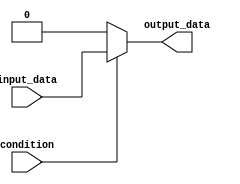
module assign_example(
    input wire condition,
    input wire input_data,
    output reg output_data
);

always @(*)
begin
    if (condition)
        output_data = input_data;
    else
        output_data = 0;
end

endmodule